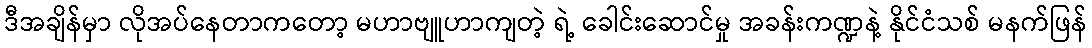
ဒီအချိန်မှာ လိုအပ်နေတာကတော့ မဟာဗျူဟာကျတဲ့ ရဲ့ ခေါင်းဆောင်မှု အခန်းကဏ္ဍနဲ့ နိုင်ငံသစ် မနက်ဖြန်